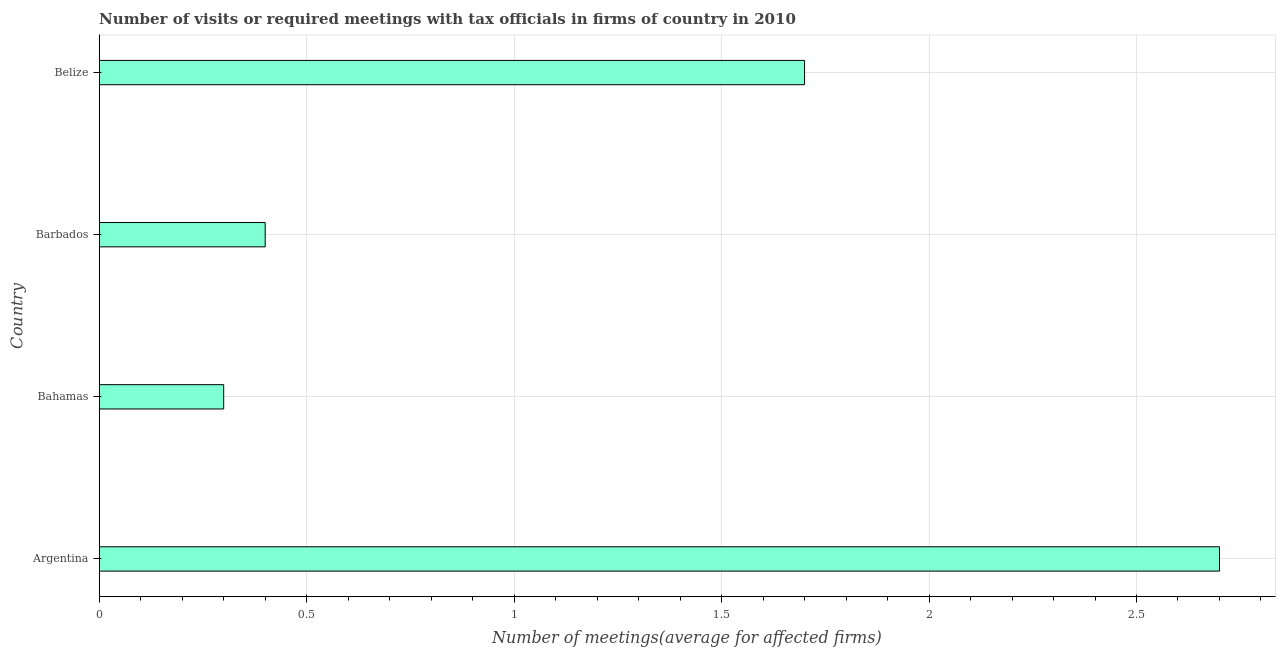
| Country | Meetings with tax officials |
 | --- | --- |
 | Argentina | 2.7 |
 | Bahamas | 0.3 |
 | Barbados | 0.4 |
 | Belize | 1.7 |